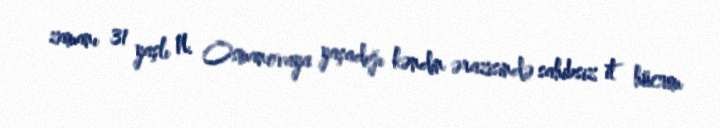
zamanı 31 yaşlı N. Osmanovaya yaşadığı kəndin ərazisində sahibsiz it hücum